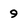
Character: 9